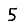
Digit: 5